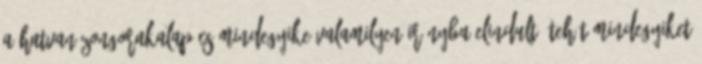
A hatvan zongorakalapács mindegyike valamilyen irányba elindult, tehát mindegyiket